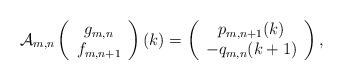
LaTeX: \begin{align*}\begin{aligned}\mathcal{A}_{m,n} \left(\begin{array}{c}g_{m,n} \\ f_{m,n+1}\end{array}\right) (k)= \left(\begin{array}{c}p_{m,n+1}(k) \\ -q_{m,n}(k+1)\end{array}\right),\end{aligned}\end{align*}